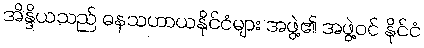
အိန္ဒိယသည် ဓနသဟာယနိုင်ငံများ အဖွဲ့၏ အဖွဲ့ဝင် နိုင်ငံ